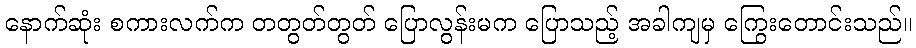
နောက်ဆုံး စကားလက်က တတွတ်တွတ် ပြောလွန်းမက ပြောသည့် အခါကျမှ ကြွေးတောင်းသည်။